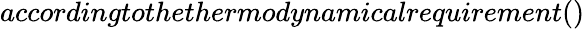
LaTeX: accordingtothethermodynamicalrequirement()